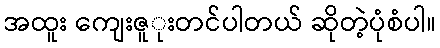
အထူး ကျေးဇူုးတင်ပါတယ် ဆိုတဲ့ပုံစံပါ။